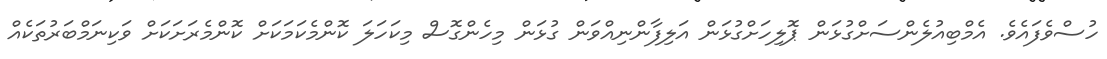
ހުސްވެފައެވެ. އެމްބިއުލެންސަށްގުޅަން ޕޮލިހަށްގުޅަން އަލިފާންނިއްވަން ގުޅަން މިހެންގޮސް މިކަހަލަ ކޮންމެކަމަކަށް ކޮންމެރަށަކަށް ވަކިނަމްބަރުތަކެއް